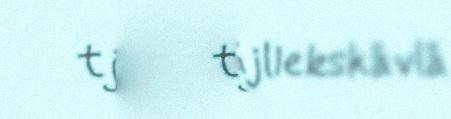
tjivgga ájllekskåvlå